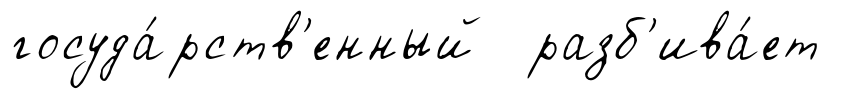
госуда́рств'енный разб'ива́ет